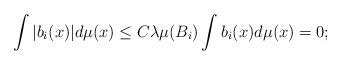
LaTeX: \begin{align*}\int| b_i(x)|d\mu(x)\leq C\lambda\mu(B_i) \int b_i(x)d\mu(x)=0; \end{align*}